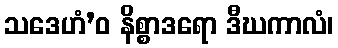
သဒေဟံ’ဝ နိစ္စာဒရော ဒီဃကာလံ၊